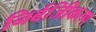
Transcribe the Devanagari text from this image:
निर्बजिीकरण